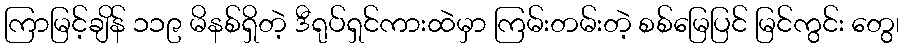
ကြာမြင့်ချိန် ၁၁၉ မိနစ်ရှိတဲ့ ဒီရုပ်ရှင်ကားထဲမှာ ကြမ်းတမ်းတဲ့ စစ်မြေပြင် မြင်ကွင်း တွေ၊